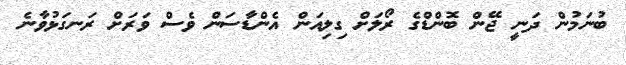
ބުނަމުން ދަނީ ޖޭން ބޮންޑްގެ ރޯލަށް ގިލިއަން އެންޑާސަން ވެސް ވަރަށް ރަނގަޅުވާނެ